Indian Medical Review
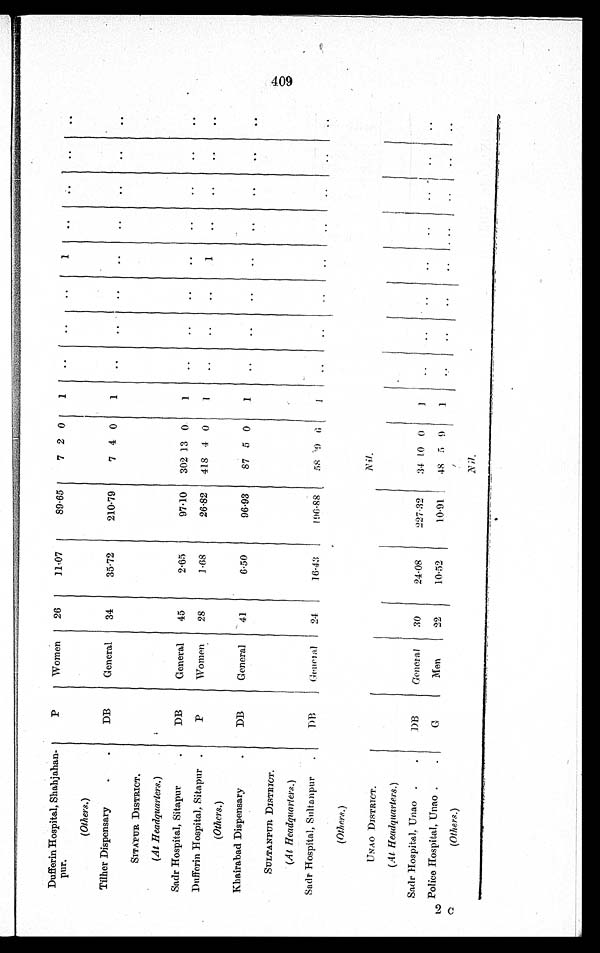
Dufferin Hospital, Shahjahan-
pur.
P
Women 26
11.07
89.65
7 2 0
1
1
(Others.)
Tither Dispensary
DB
General 34
35.72
210.79
7 4 0
1
SITAPUR DISTRICT.
(At Headquarters.)
Sadr Hospital, Sitapur.
DB
General 45
2.65
97.10 302 13 0
1
Dufferin Hospital, Sitapur
P
Women 28
1.68
26.82 418 4 0
1
1
(Others.)
Khairabad Dispensary
DB
General 41
6.50
96.93
87 5 0
1
SULTANPUR DISTRICT.
(At Headquarters.)
Sadr Hospital, Sultanpur
DB General
24
16.43
196.88
58 9 6
1
(Others.)
Nil.
UNAO DISTRICT.
(At Headquarters.)
Sadr Hospital, Unao
DB
General
30
24.08
227.32
34 1 0 0
1
Police Hospital, Unao
G
Men
22
10.52
10.91.
48 5 9
1
(Others.)
Nil.